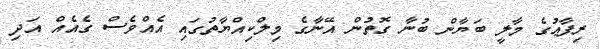
ރިފާޢުގެ މާލީ ބަޔާން ބުނާ ގޮތުން އޭނާގެ މިލްކިއްޔާތުގައި އެއްވެސް ގެއެއް އަދި